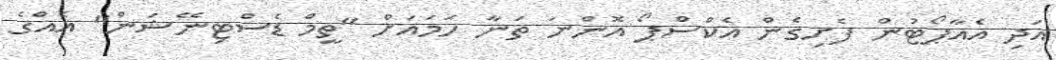
އަދި އެއާޕޯޓުން ފެށިގެން އެކްސްޕޯ އޮންނަ ތަނާ ހަމައަށް "ތީމް ޑެސްޓިނޭޝަން" އެއްގެ